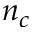
n _ { c }